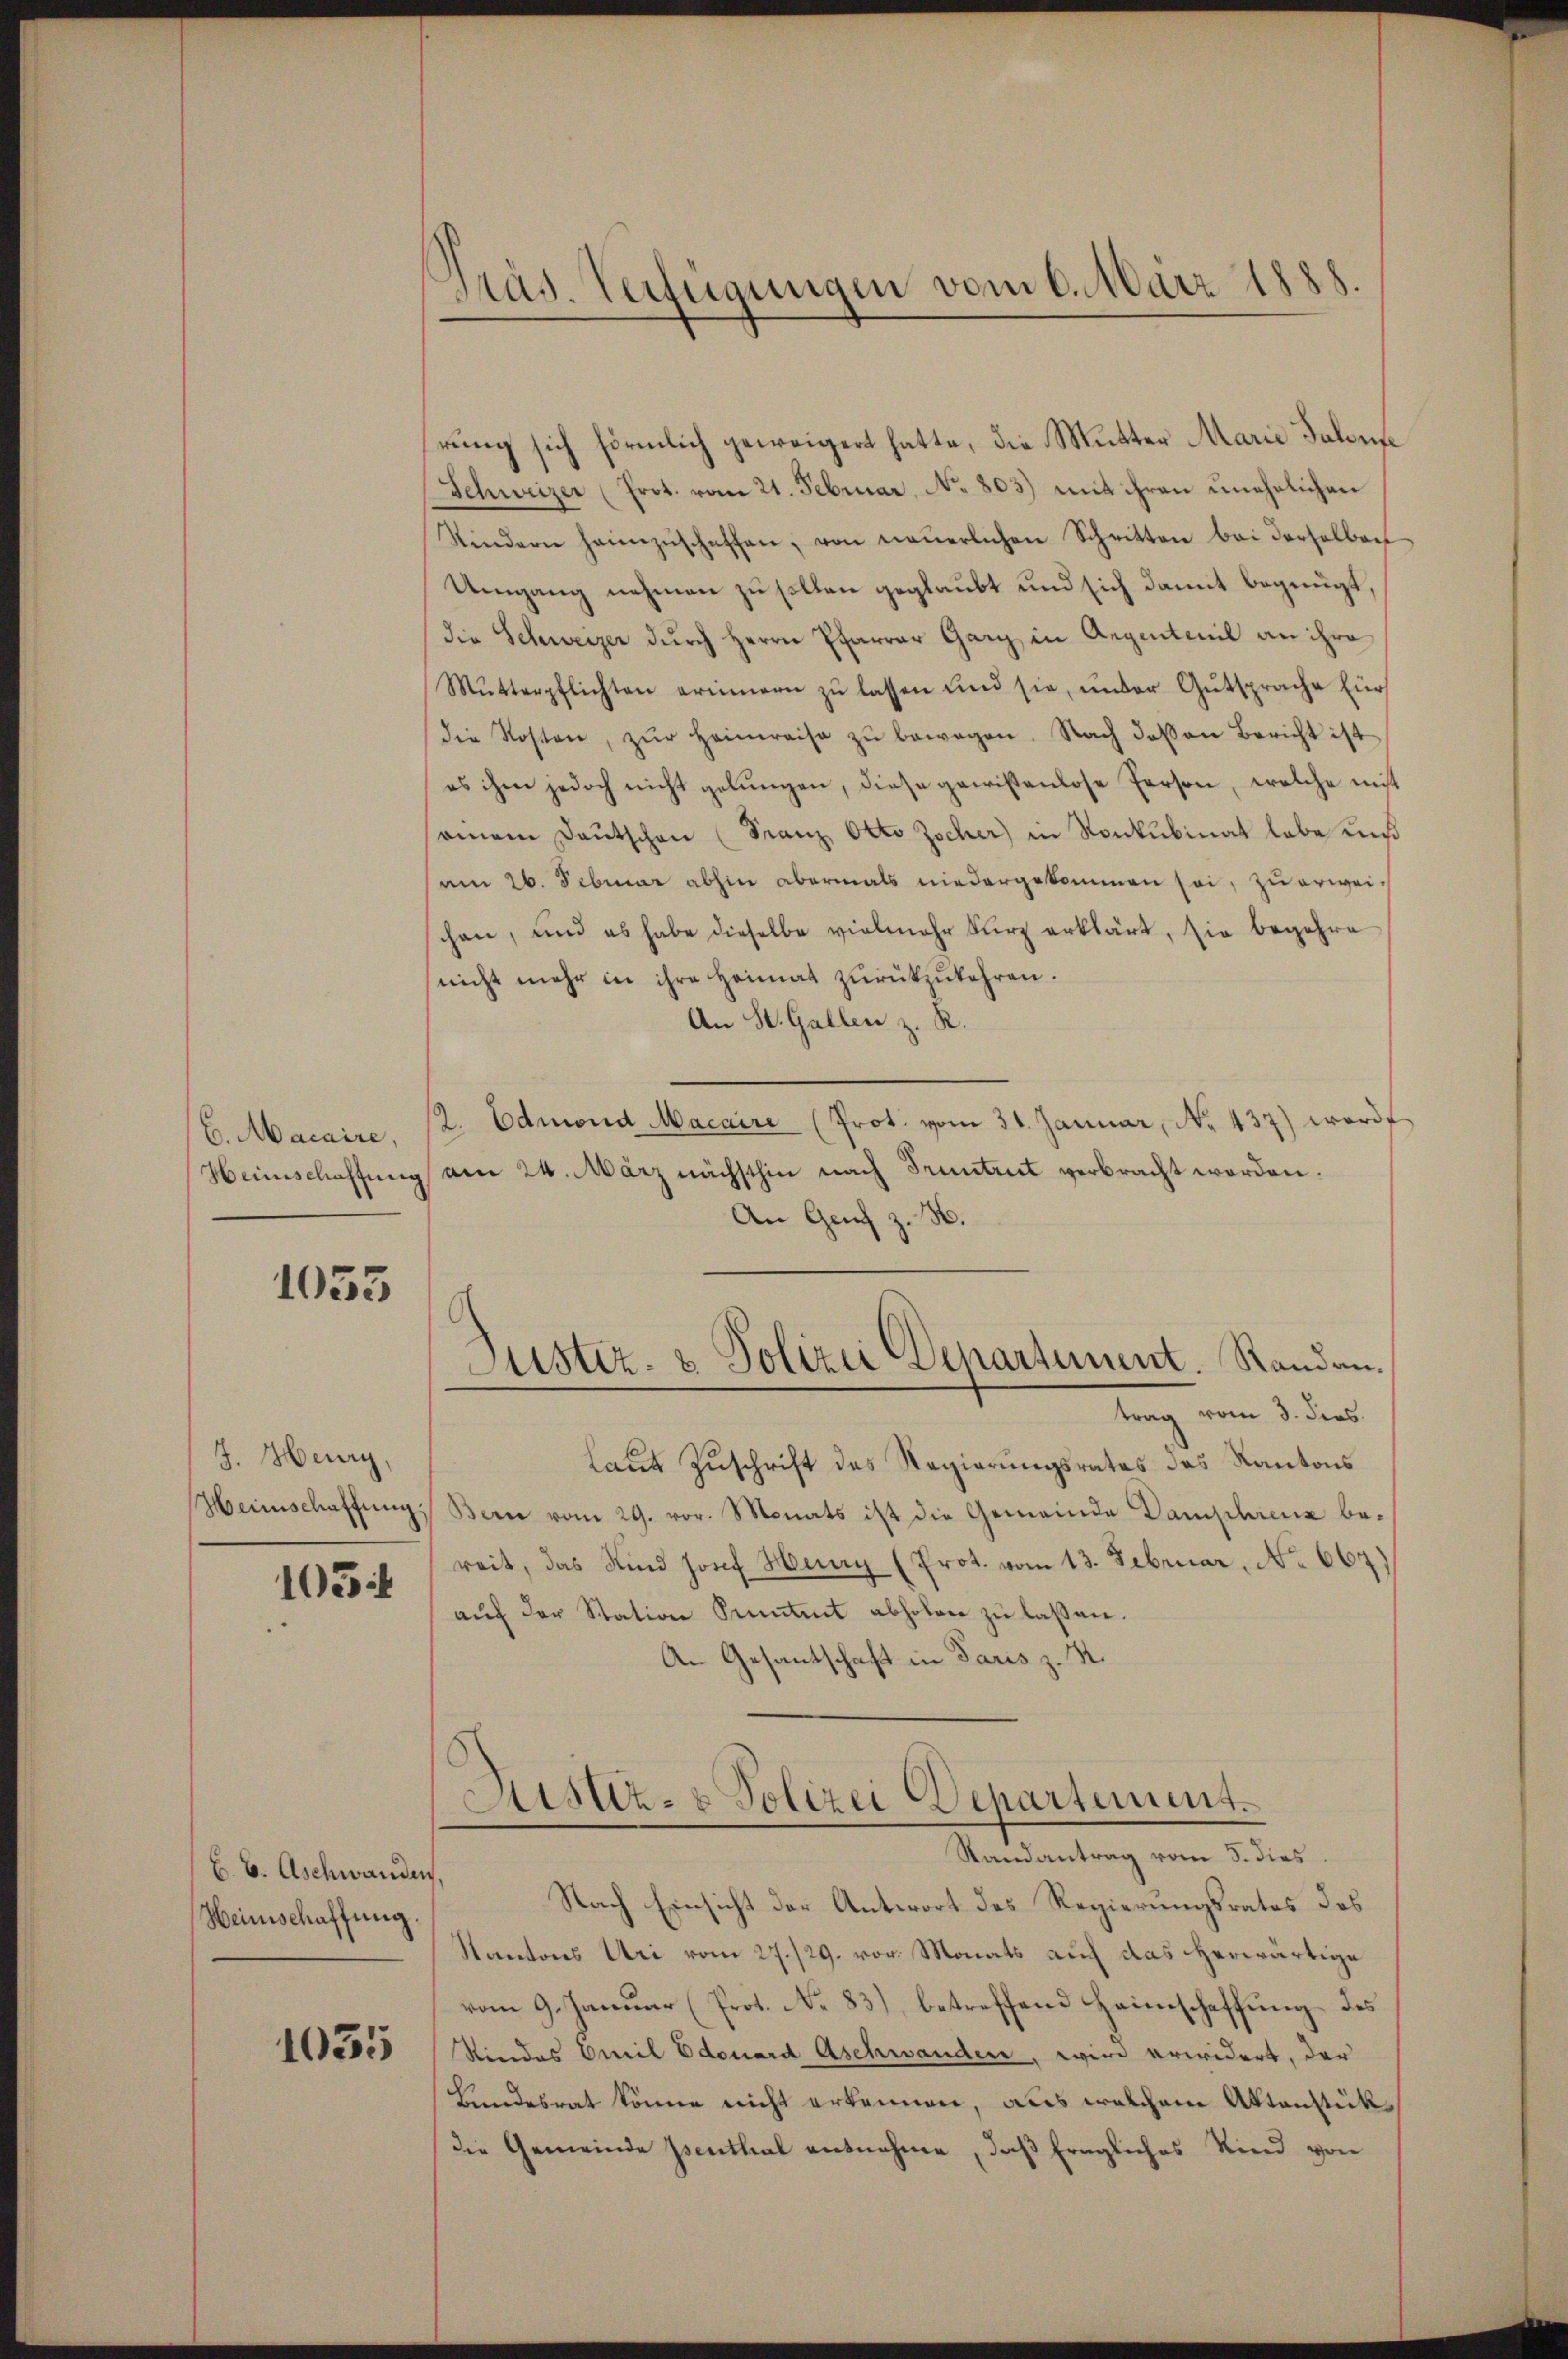
6. Macaire,

1033

J. Heury,

105 f

b. B. Aschwanden
Heimschaffung.

1035

Präs. Verfügungen vom 6. März 1888.

rung sich förmlich geweigert hatte, die Mutter Marie Falden¬
Schweizer (Prot. vom 21. Februar. No. 803) mit ihren unehelichen
Stindern heimzŭschaffen, von neŭerlichen Schritten bei derselben
Umgang nehmen zu sollen geglaubt und sich damit begnügt,
die Schweizer durch Herrn Pfarrer Gary in Aegenteil an ihre
Mŭtterpflichten erinnern zŭ lassen und sie, under Gutsprache für
die Kosten, zŭr Heimreise zŭ bewegen. Nach das an Bericht ist
es ihm jedoch nicht gelungen, diese gewissenlose Person, welche nicht
einem Deutschen (Franz Otto Zscher in Konkubinat habe uns
am 26. Februar abhin abermals niedergekommen sei, zu erwei-
chen, und es habe dieselbe vielmehr kurz erklärt, sie begehre
nicht mehr in ihre Heimat zurückzukehren.
An St. Gallen z. R.
12. Edmond Macaire (Prot. vom 31. Januar, No. 437) werde
Heimschaffung am 24. März nächsthin nach Truntrut verbracht worden.
An Genf z. B.
Justiz- & Polizei Departement. Randantrag vom 3. ders.
laut Zuschrift des Regierungsrates des Kantons
Heimschaffŭng Bern vom 29. vor. Monats ist die Gemeinde Damphrenz bereit, das Kind Josef Herry (Prot. vom 13. Februar, No 667)
aŭf der Station Sentent abholen zu laßen.
An Gesantschaft in Paris z. S.

Justiz- & Polizei Departement.
Randantrag vom 5. dies
Nach Einsicht der Antwort des Regierungsrates des

Kantons Uri vom 27./29. vor. Monats auf das herwärtige
vom 9. Januar (Prot. No. 83), betreffend Heimschaffung des
Sindes Emil Edouard Aschwanden, wird erwidert, der
Landesrat könne nicht erkennen, aus welchem Aktenstükdie Gemeinde Isenthal entnehme, daß fragliches Kind von